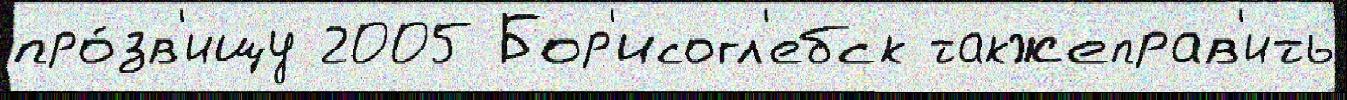
про́зв'ищу 2005 Бор'исогл'ебск такжеправ'ить